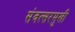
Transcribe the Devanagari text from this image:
संवत्सरमुखी